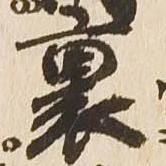
裏